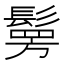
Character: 𩮒